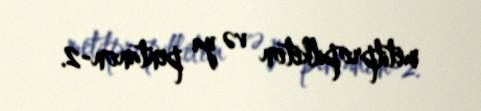
metilpropilketon və ya pentanon-2.